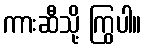
ကားဆီသို့ ကြွပါ။